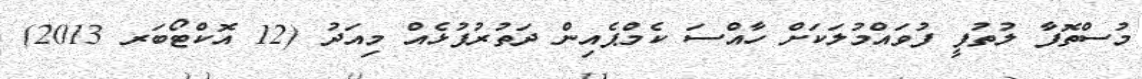
މުސްތޮފާ ލުތުފީ ފުވައްމުލަކަށް ހާއްސަ ކެމްޕެއިން ދަތުރުފުޅެއް މިއަދު (12 އޮކްޓޯބަރ 2013)